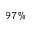
9 7 \%